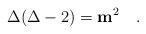
LaTeX: \begin{align*}\Delta (\Delta -2)={\mathbf m}^2 \quad.\end{align*}